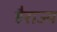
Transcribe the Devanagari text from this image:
हैराज्य